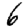
Digit: 6